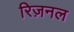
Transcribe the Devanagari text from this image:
रिज़नल